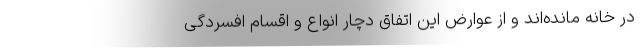
در خانه مانده‌اند و از عوارض این اتفاق دچار انواع و اقسام افسردگی